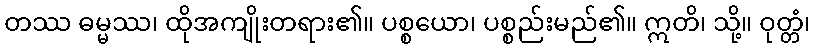
တဿ ဓမ္မဿ၊ ထိုအကျိုးတရား၏။ ပစ္စယော၊ ပစ္စည်းမည်၏။ ဣတိ၊ သို့။ ဝုတ္တံ၊